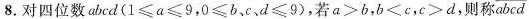
8. 对四位数abcd($$1\leqslant a\leqslant 9$$，$$0\leqslant b$$、c、 $$d\leqslant 9$$)，若$$a>b$$，$$b<c$$，$$c>d$$，则称abcd